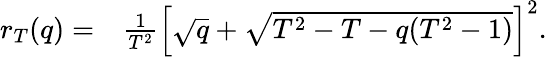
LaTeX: \begin{array}{rl}{r_{T}(q)=}&{{}\frac{1}{T^{2}}\left[\sqrt{q}+\sqrt{T^{2}-T-q(T^{2}-1)}\right]^{2}.}\end{array}